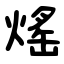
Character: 熎